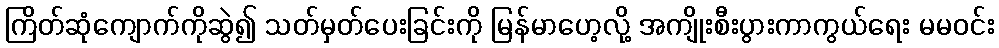
ကြိတ်ဆုံကျောက်ကိုဆွဲ၍ သတ်မှတ်ပေးခြင်းကို မြန်မာဟေ့လို့ အကျိုးစီးပွားကာကွယ်ရေး မမဝင်း